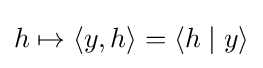
h\mapsto \langle y,h\rangle =\langle h\mid y\rangle